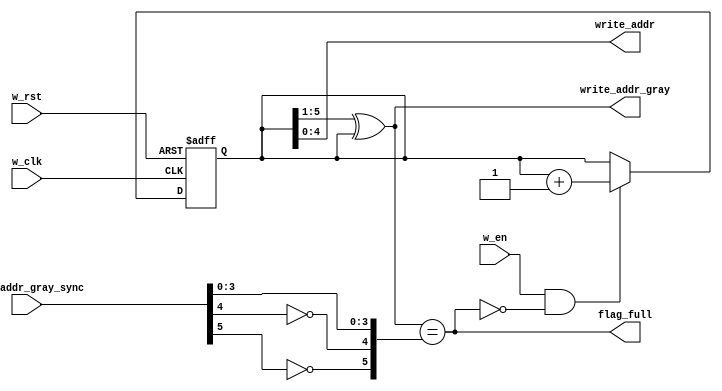
module write_full
    #(
        parameter   FIFO_DEPTH_BIT  =   10'd5
    )
    (
        input                           w_clk,
        input                           w_rst,
        input                           w_en,
        input   [FIFO_DEPTH_BIT:0]      read_addr_gray_sync,

        output                          flag_full,
        output  [FIFO_DEPTH_BIT-1:0]    write_addr,
        output  [FIFO_DEPTH_BIT:0]      write_addr_gray
    );

    //FIFO
    reg [FIFO_DEPTH_BIT:0]  write_addr_bit;


    always @(posedge w_clk or posedge w_rst) begin
        if(w_rst) 
            write_addr_bit  <=  0;
        else if(w_en && (!flag_full))
            write_addr_bit  <=  write_addr_bit + 1;
        else 
            write_addr_bit  <=  write_addr_bit;
    end
    //
    assign write_addr_gray  =   (write_addr_bit >> 1) ^ write_addr_bit;
    //
    assign  flag_full       =   (write_addr_gray == {~read_addr_gray_sync[FIFO_DEPTH_BIT],~read_addr_gray_sync[FIFO_DEPTH_BIT-1],read_addr_gray_sync[FIFO_DEPTH_BIT-2:0]});
    //
    assign  write_addr      =   write_addr_bit[FIFO_DEPTH_BIT-1:0];

endmodule